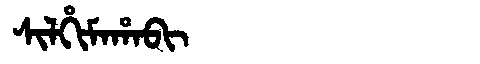
Manchu: ᠰᡳᠯᡥᡳᠮᠠᡥᠠᠪᡳ
Romanization: SILHIMAHABI